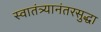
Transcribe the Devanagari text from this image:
स्वातंत्र्यानंतरसुद्धा